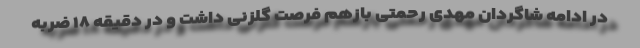
در ادامه شاگردان مهدی رحمتی بازهم فرصت گلزنی داشت و در دقیقه ۱۸ ضربه